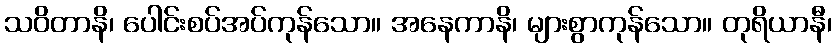
သဝိတာနိ၊ ပေါင်းစပ်အပ်ကုန်သော။ အနေကာနိ၊ များစွာကုန်သော။ တုရိယာနီ၊